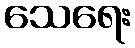
သေရေး